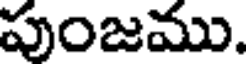
పుంజము.